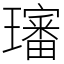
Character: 𤪺